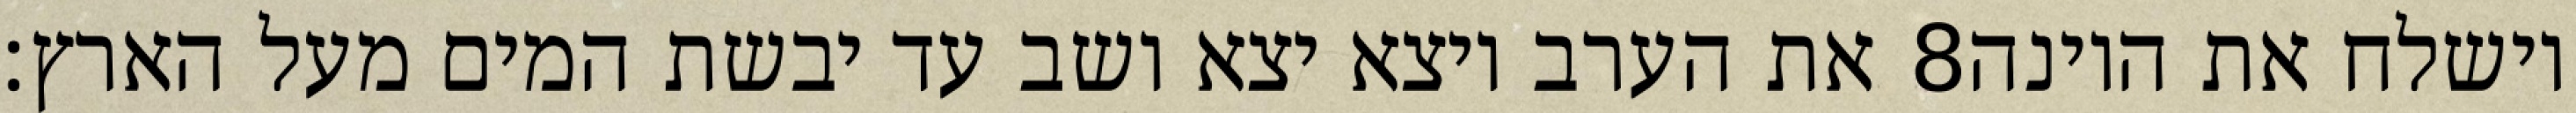
את הערב ויצא יצא ושב עד יבשת המים מעל הארץ׃ ‎8‏ וישלח את היונה